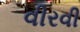
વીરવી